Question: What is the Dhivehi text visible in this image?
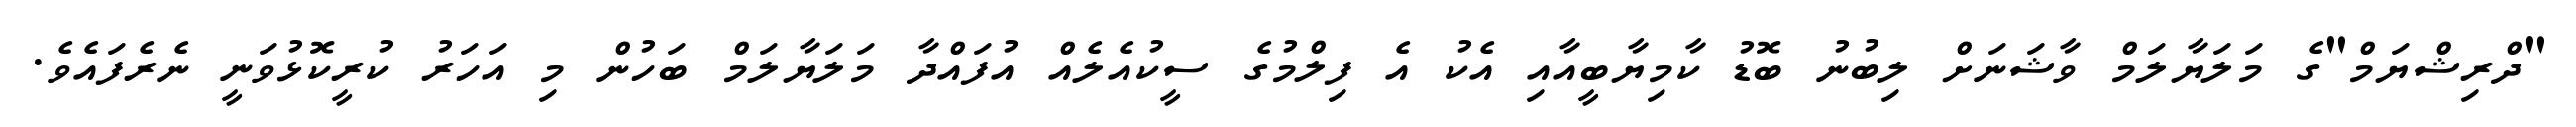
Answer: "ދްރިޝްޔަމް"ގެ މަލަޔާލަމް ވާޝަނަށް ލިބުނު ބޮޑު ކާމިޔާބީއާއި އެކު އެ ފިލްމުގެ ސީކުއެލެއް އުފައްދާ މަލަޔާލަމް ބަހުން މި އަހަރު ކުރީކޮޅުވަނީ ނެރެފައެވެ.